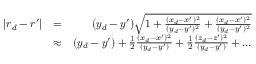
\begin{array} { r l r } { | \boldsymbol { r } _ { d } - \boldsymbol { r } ^ { \prime } | } & { = } & { ( y _ { d } - y ^ { \prime } ) \sqrt { 1 + \frac { ( x _ { d } - x ^ { \prime } ) ^ { 2 } } { ( y _ { d } - y ^ { \prime } ) ^ { 2 } } + \frac { ( x _ { d } - x ^ { \prime } ) ^ { 2 } } { ( y _ { d } - y ^ { \prime } ) ^ { 2 } } } } \\ & { \approx } & { ( y _ { d } - y ^ { \prime } ) + \frac { 1 } { 2 } \frac { ( x _ { d } - x ^ { \prime } ) ^ { 2 } } { ( y _ { d } - y ^ { \prime } ) } + \frac { 1 } { 2 } \frac { ( z _ { d } - z ^ { \prime } ) ^ { 2 } } { ( y _ { d } - y ^ { \prime } ) } + \dots } \end{array}